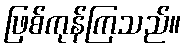
ဖြစ်ကုန်ကြသည်။